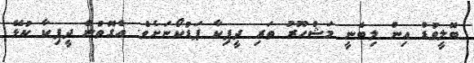
ބޮލީވުޑް އިން ލިބެނީ މަޝްހޫރު ތަރި ދީޕިކާ ޕަޑުކޯނަށެވެ. އެގޮތުން ދީޕިކާ ކުޅޭ